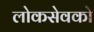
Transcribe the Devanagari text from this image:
लोकसेवको